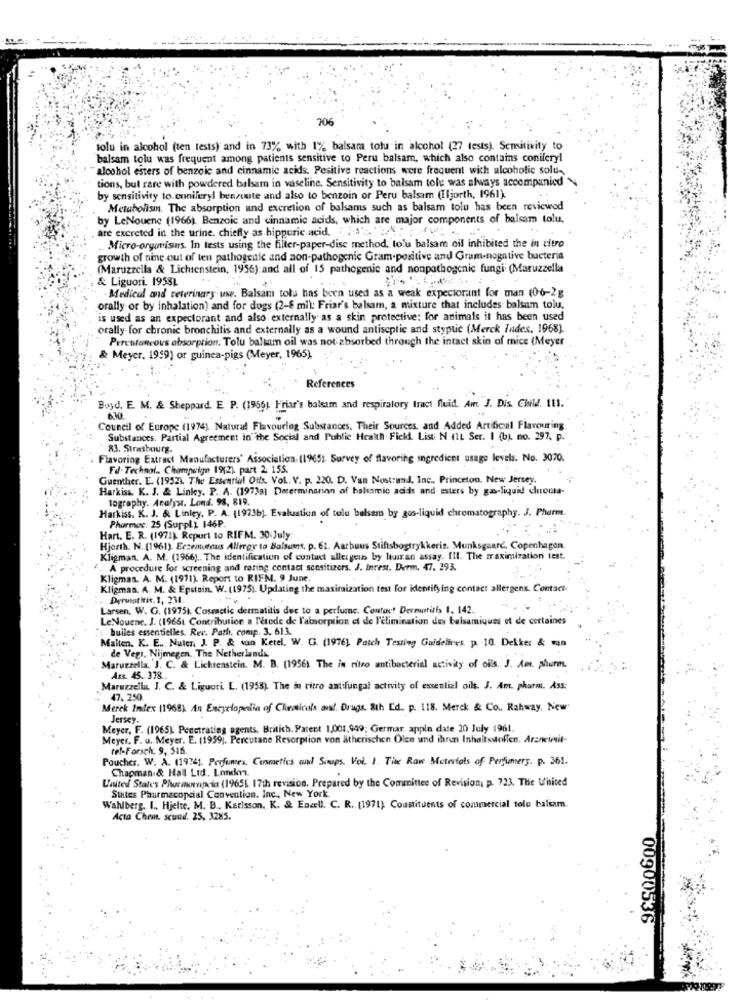
706
tolu in alcohol (ten tests) and in 73% with 1% balsam totu in alcohol (27 tests). Sensitivity to
balsam tolu was frequent among patients sensitive to Peru balsam, which also contains conileryl
alcohol esters of benzoic and cinnamic acidds. Positive reactions were frequent with alcoholic solu-
tions, bul rare with powdered balsam in vaseline. Sensitivity to balsam tolu was always accompanied
by sensitivity to. coniferyl bensinite and also to benzoin or Peru balsam (Eljorth, 1961):
Metabolism. The absorption and excretion of balsams such as balsam tolu has been reviewed
by LeNouene (1966) Benzoic and cinnamic acids, which are major components of balsam tolu,
are excreted in the urine. chiefly as hipporic acid. .. ...
Micro-organismes. In tests using the filter-paper-disc method, tolu balsam oil inhibited the in vitro
growth of pine out of ten pathogenic and non-pathogenic Gram-positive and Gram-negative bacteria
(Maruzzella & Lichtenstein, 1956) and all of 15 pathogenic and nonpathogenic fungi (Maruzzella
& Liguori. 1958L
·Medical and veterinary uwe. Balsam tolu has been used as a weak expectorant for man (06-2g
orally or by inhalation) and for dogs (2-8 ml): Friar's balsam, a mixture that includes balsam tolu,
is used as an expectorant and also externally as a skin protective: for animals it has been used
orally for chronic bronchitis and externally as a wound antiseptic and styplic (Merck Index, 1968)
Percutaneous absorption. Tolu balsam oil was not absorbed through the intact skin of mice (Meyer
& Meyer. 1959) or guinea-pigs (Meyer, 1965).
References
Boyd. E. M. & Sheppard. E P. (1966). Friar's balsam and respiratory tract fluid. Am J. Dis. Child. 111.
6.30
Council of Europe (1974). Natural Flavouring Substances. Their Sources, and Added Artificial Flavouring
Substances. Partial Agreement in the Social and Public Health- Fick. List N 41L Ser. I (b). no. 297, p.
83. Strasbourg.
Flavoring Extract Manufacturers' Association. (1965) Survey of flavoring ingredient usage levels. No. 3070.
Fd. Technol .. Champuin 19(2) part 2 155.
Guenther. E. (1952). The Essential Oils. Vol. V. p. 220. D. Van Nostrand, Inc ., Princeton. New Jersey.
Harkiss. K. J. & Linky. P. A. (197)a) Determinarinn of balsamic acids and esters by gas-liquid cuenta-
tography. Analyst. Lond. 98, 819.
Harkiss. X. J. & Linley. P. A. (1973b). Evaluation of tele balsam by ges-liquid chromatography. J. Pharm
Pharmac: 25 (Suppl ) 146P.
Hart. E. R. (1971). Report to RIFM. 30.July
Hjorth. N. (1961). Eczematous Allergy to Balsamet, p. 61. Aarbuus Stiftsbogtrykkeris. Munksgaard, Copenhagen.
Kligman. A. M. (1966) .. The identification of contact allergen by luaran assay. Ill. The maximization test.
A procedure for screening and rating contact sensitizers. J. Inrest. Derm. 47. 393.
Kligman. A. M. (1971). Report to RIFM. 9 June.
Kligmas. A. M. & Epstein. W. (1975). Updating the maximization test for identifying contact allergens. Contact-
Derutotitic. 1, 231.
Larsen. W. G. (1975). Cosmetic dermatitis dec to a perfume, Contact Dermatitis 1, 142 .,
LeNouene. J. (19661. Contribution a l'etode de l'absorption et de l'élimination des balsamiques et de certaines
: huiles essentielles. Rev. Path. comp. 3. 613.
Malten. K. E ... Nuler, J. P. & van Ketel. W. G. (1976) Patch Testing Guidelines. p. 10. Dekker & man
de Vegt. Nijmegen, The Netherlands
Maruzzella, J. C. & Lichtenstein. M. B. (1956) The in nitro antibacterial activity of oils. J. Awe. phurm.
Ass. 45. 378 ..
Maruzzella. J. C. & Liguori. L. (1958). The in ritro antifungal activity of essential oils. J. Am. pharm. Ass:
47.250
Merck Index (1968) An Encyclopedia of Chemicals and. Drugs. Sth Ed. p. 118. Merck & Co. Rahway. New
Jersey.
Meyer, F. (1965) Penetrating agents, British. Parent 1,001,949; Germar apple date 20 July 1961.
Meyer. F. u. Meyer. E. (1959]. Percutane Resorption von ätherischen Ölen und ihren Inhaltstoffen. Arzneimit-
rel-Forsch: 9, 316.
Poucher. W. A. (1994). Profumex Cosmetics wind Sumps. Vol. 1. Tik Raw Materials of Perfumery. p. 361.
Chapman & Hall Ltd. Londm.
United States Phurmorapcia (19651 17th revision. Prepared by the Committee of Revision, p. 723. The Whited
Stites Pharmacopcial Convention. Inc ., New York
Wahlberg. I ., Hjelte. M. B ., Karlsson. K. & Encell. C. R. (1971) Constituents of commercial tolo balsam.
Acta Chem. scund. 25. 3285.
00900536